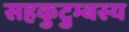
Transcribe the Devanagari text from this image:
सहकुटुम्बस्य